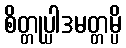
စိတ္တုပ္ပါဒမတ္တမ္ပိ